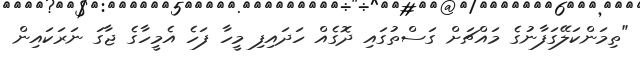
"ތިމަންކަލޭގަފާނުގެ މައްޗަށް ގަސްތުގައި ދޮގެއް ހަދައިފި މީހާ ފަހެ އެމީހާގެ ޖާގަ ނަރަކައިން